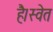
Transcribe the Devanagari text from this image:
है।स्वेत